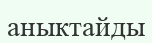
аныктайды